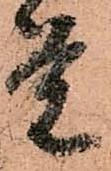
覚